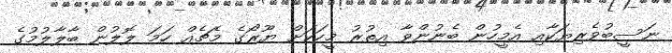
ނަސީބުވެރިޔަކާއި އެމީހުން ބެނުންވާ އިތުރު މީހަކަށް ޔޫރޯގެ މެޗެއް ހަމަ ލޮލުން ބާލާލުމުގެ